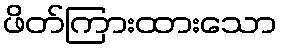
ဖိတ်ကြားထားသော